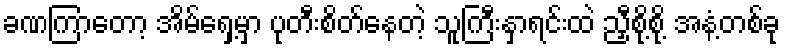
ခဏကြာတော့ အိမ်ရှေ့မှာ ပုတီးစိတ်နေတဲ့ သူကြီးနှာရင်းထဲ ညှီစို့စို့ အနံ့တစ်ခု